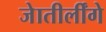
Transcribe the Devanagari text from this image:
जेातीर्लींगे